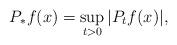
LaTeX: \begin{align*}P_{*}f(x)=\sup_{t>0}|P_tf(x)|,\end{align*}